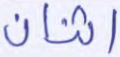
اثنان